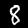
Digit: 8